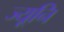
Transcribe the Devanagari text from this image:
ज्यूनि